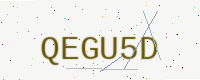
Text: QEGU5D